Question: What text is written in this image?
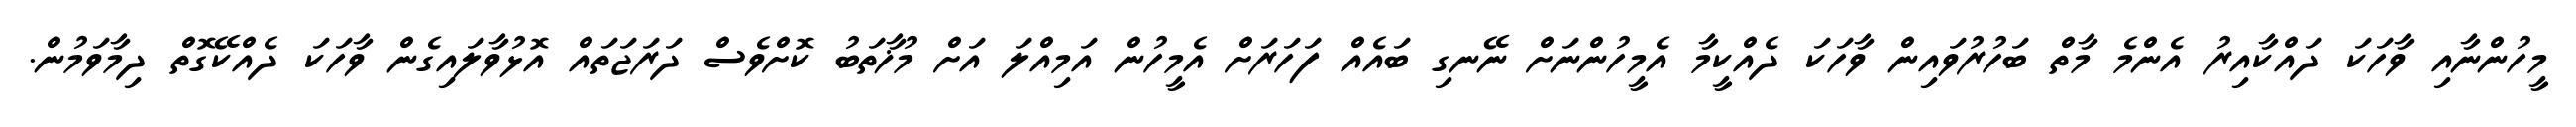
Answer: މީހުންނާއި ވާހަކަ ދައްކާއިރު އެންމެ މާތް ބަހުރުވައިން ވާހަކަ ދެއްކީމާ އެމީހުންނަށް ނޭނގި ބައެއް ފަހަރަށް އެމީހުން އަމިއްލަ އަށް މުޚާތަބު ކޮށްވެސް ދަރަޖަތައް އޮޅުވާލައިގެން ވާހަކަ ދެއްކޭގޮތް ދިމާވަމުން.